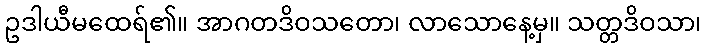
ဥဒါယီမထေရ်၏။ အာဂတဒိဝသတော၊ လာသောနေ့မှ။ သတ္တဒိဝသာ၊